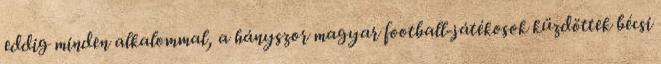
eddig minden alkalommal, a hányszor magyar football-játékosok küzdöttek bécsi